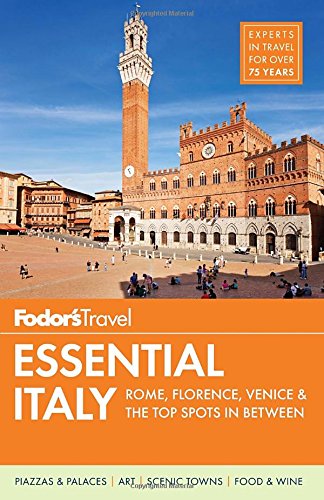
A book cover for Fodor's Essential Italy: Rome, Florence, Venice & the Top Spots in Between (Full-color Travel Guide); Fodor's; Travel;